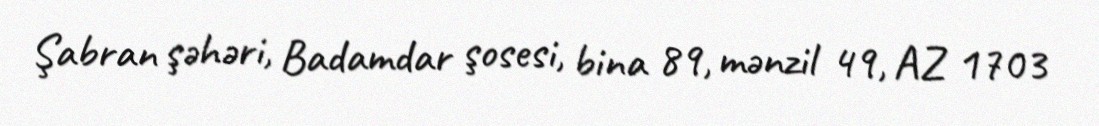
Şabran şəhəri, Badamdar şosesi, bina 89, mənzil 49, AZ 1703